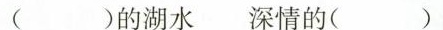
()的湖水 深情的()